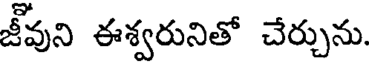
జీవుని ఈశ్వరునితో చేర్చును.